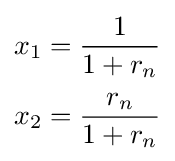
{\begin{aligned}x_{1}&={\frac {1}{1+r_{n}}}\\[2pt]x_{2}&={\frac {r_{n}}{1+r_{n}}}\end{aligned}}